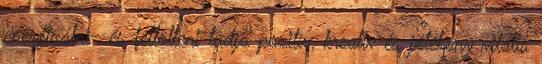
energizálni- és feltölteni tudja pozitív, kreatív és jótékony vitális